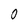
Character: 0